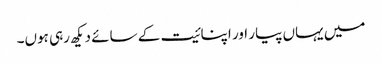
میں یہاں پیار اور اپنائیت کے سائے دیکھ رہی ہوں۔